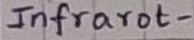
Text: Infrarot-